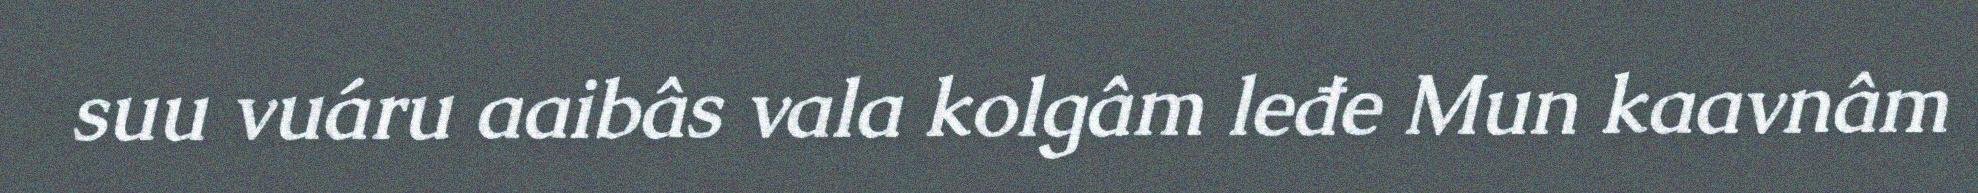
suu vuáru aaibâs vala kolgâm leđe Mun kaavnâm